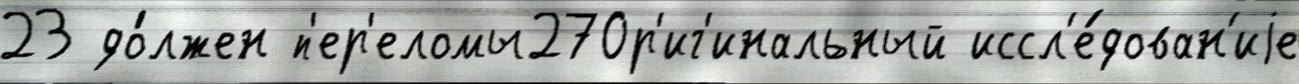
23 до́лжен п'ер'еломы27Ор'иг'инальный иссл'е́дован'иjе